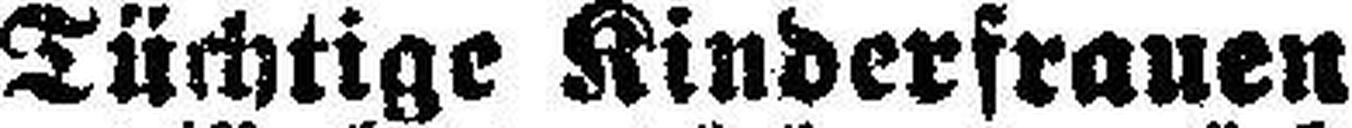
Tüchtige Kinderfrauen